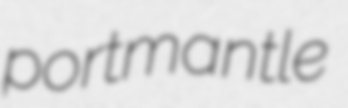
portmantle